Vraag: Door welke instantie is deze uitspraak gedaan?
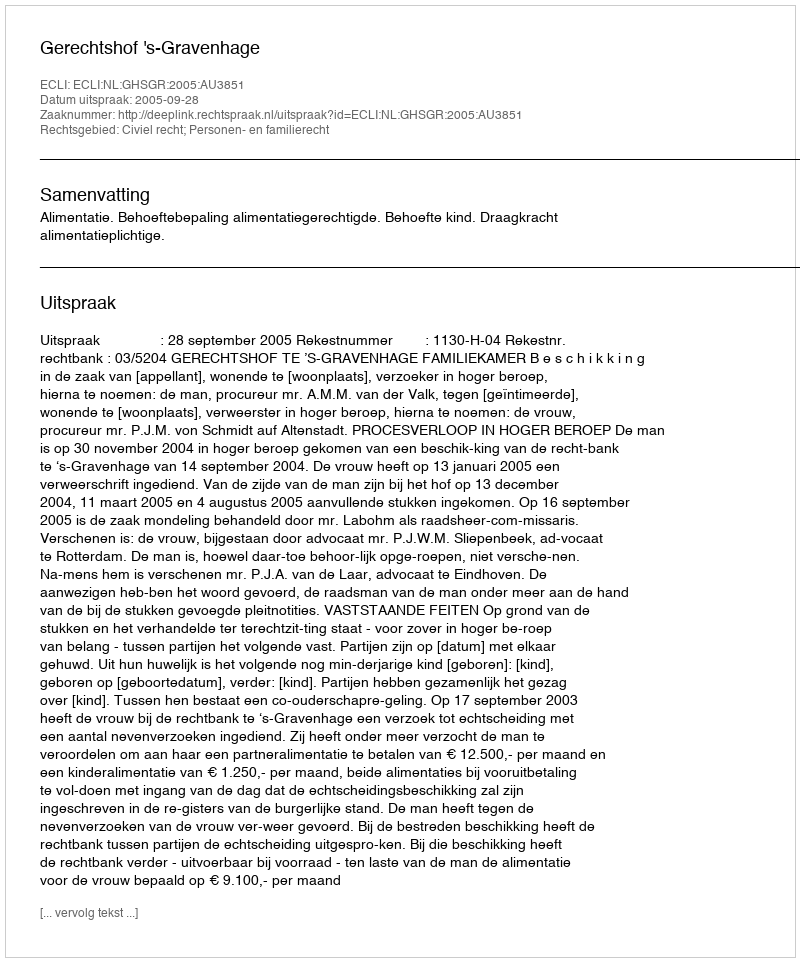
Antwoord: Gerechtshof 's-Gravenhage